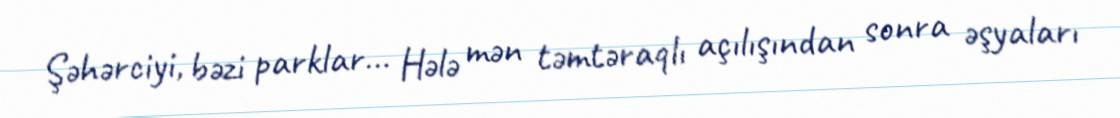
Şəhərciyi, bəzi parklar... Hələ mən təmtəraqlı açılışından sonra əşyaları